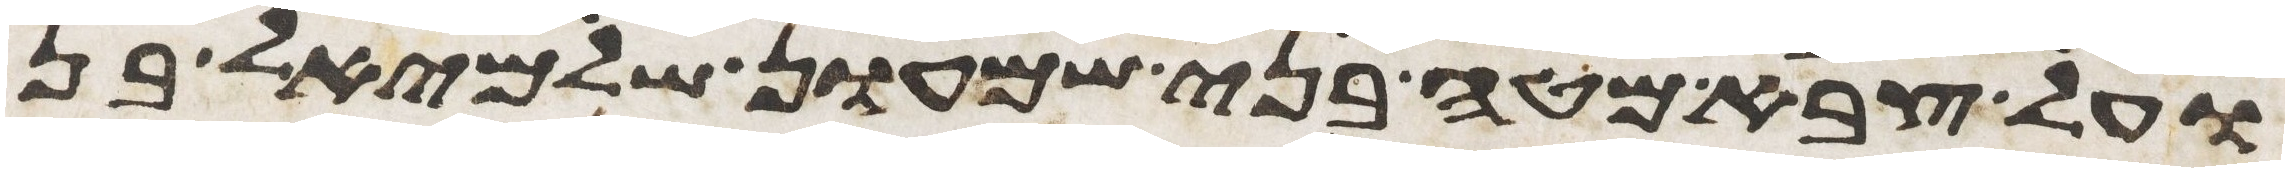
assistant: ועל צבא מטה בני שמעון שלמיאל בן